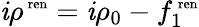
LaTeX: \mathit{i}\rho^{{\mathrm{{\scriptsize~ren}}}}=\mathit{i}\rho_{0}-f_{1}^{{\mathrm{{\scriptsize~ren}}}}